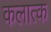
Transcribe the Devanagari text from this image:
कलात्क